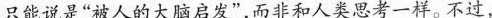
只能说是”被人的大脑启发”，而非和人类思考一样。不过，